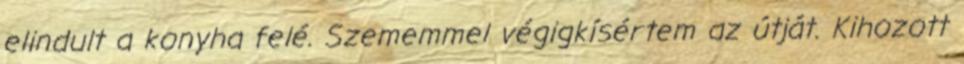
elindult a konyha felé. Szememmel végigkísértem az útját. Kihozott